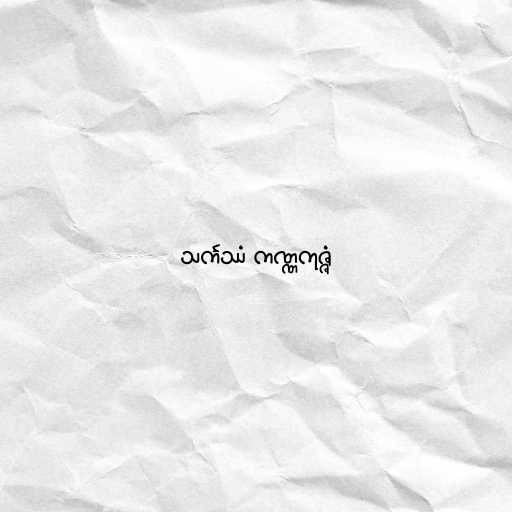
သင်္ကဿံ ကဏ္ဏကုဇ္ဇံ